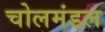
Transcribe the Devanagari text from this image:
चोलमंडल